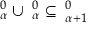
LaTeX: \mathbf { \Sigma } _ { \alpha } ^ { 0 } \cup \mathbf { \Pi } _ { \alpha } ^ { 0 } \subseteq \mathbf { \Delta } _ { \alpha + 1 } ^ { 0 }